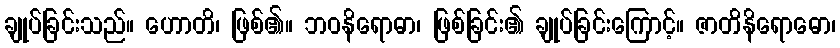
ချုပ်ခြင်းသည်။ ဟောတိ၊ ဖြစ်၏။ ဘဝနိရောဓာ၊ ဖြစ်ခြင်း၏ ချုပ်ခြင်းကြောင့်။ ဇာတိနိရောဓော၊